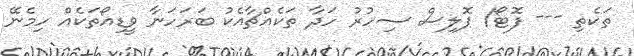
ތަކެތި --- ފޮޓޯ/ ޕޮލިސް ސިހުރު ހަދާ ތަކެއްޗާއެކު ބަރަހަނާ ވީޑިއޯތަކެއް ހިމެނޭ